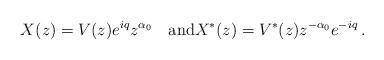
LaTeX: \begin{align*}X(z) = V(z) e^{iq} z^{\alpha_0}\quad\mbox{and} X^*(z) = V^*(z) z^{-\alpha_0}e^{-iq}\,.\end{align*}